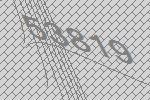
53819